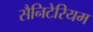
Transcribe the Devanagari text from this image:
सैनिटेरियम